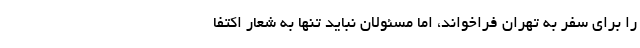
را برای سفر به تهران فراخواند، اما مسئولان نباید تنها به شعار اکتفا